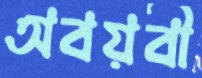
অবয়বী